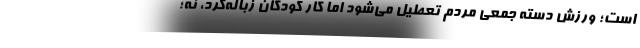
است؛ ورزش دسته جمعی مردم تعطیل می‌شود اما کار کودکان زباله‌گرد، نه؛